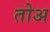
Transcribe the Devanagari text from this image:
तोअ